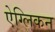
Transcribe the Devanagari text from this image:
ऐग्लिकन